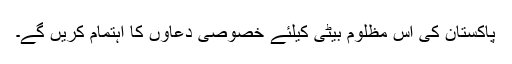
پاکستان کی اس مظلوم بیٹی کیلئے خصوصی دعاؤں کا اہتمام کریں گے۔